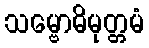
သမ္ဗောဓိမုတ္တမံ